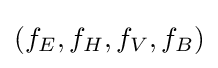
(f_{E},f_{H},f_{V},f_{B})